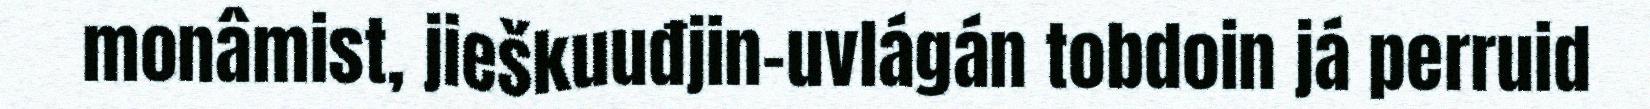
monâmist, jieškuuđjin-uvlágán tobdoin já perruid